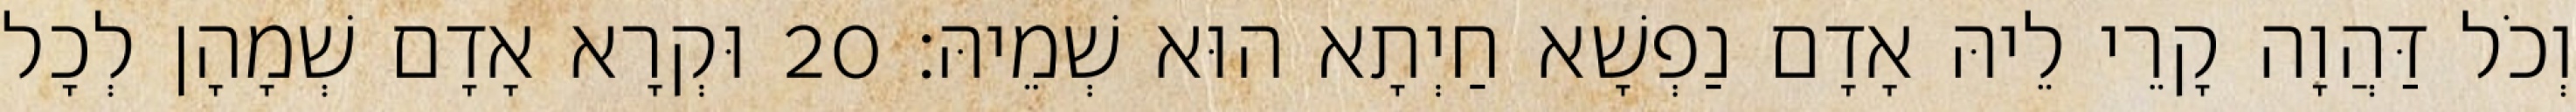
וְכֹל דַּהֲוָה קָרֵי לֵיהּ אָדָם נַפְשָׁא חַיְתָא הוּא שְׁמֵיהּ׃ 20 וּקְרָא אָדָם שְׁמָהָן לְכָל